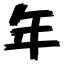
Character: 年